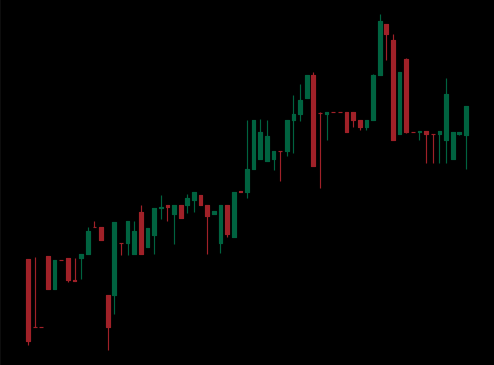
Pattern: bear_flag